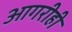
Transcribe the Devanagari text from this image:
आगरीही